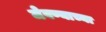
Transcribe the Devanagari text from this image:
जेवण्याच्या